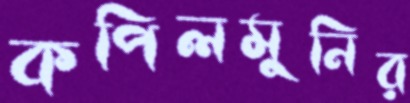
কপিলমুনির